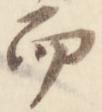
而